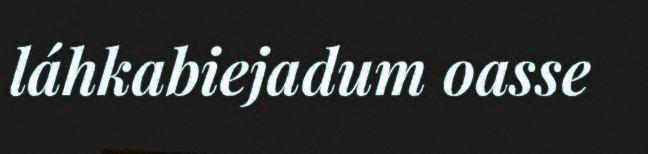
láhkabiejadum oasse